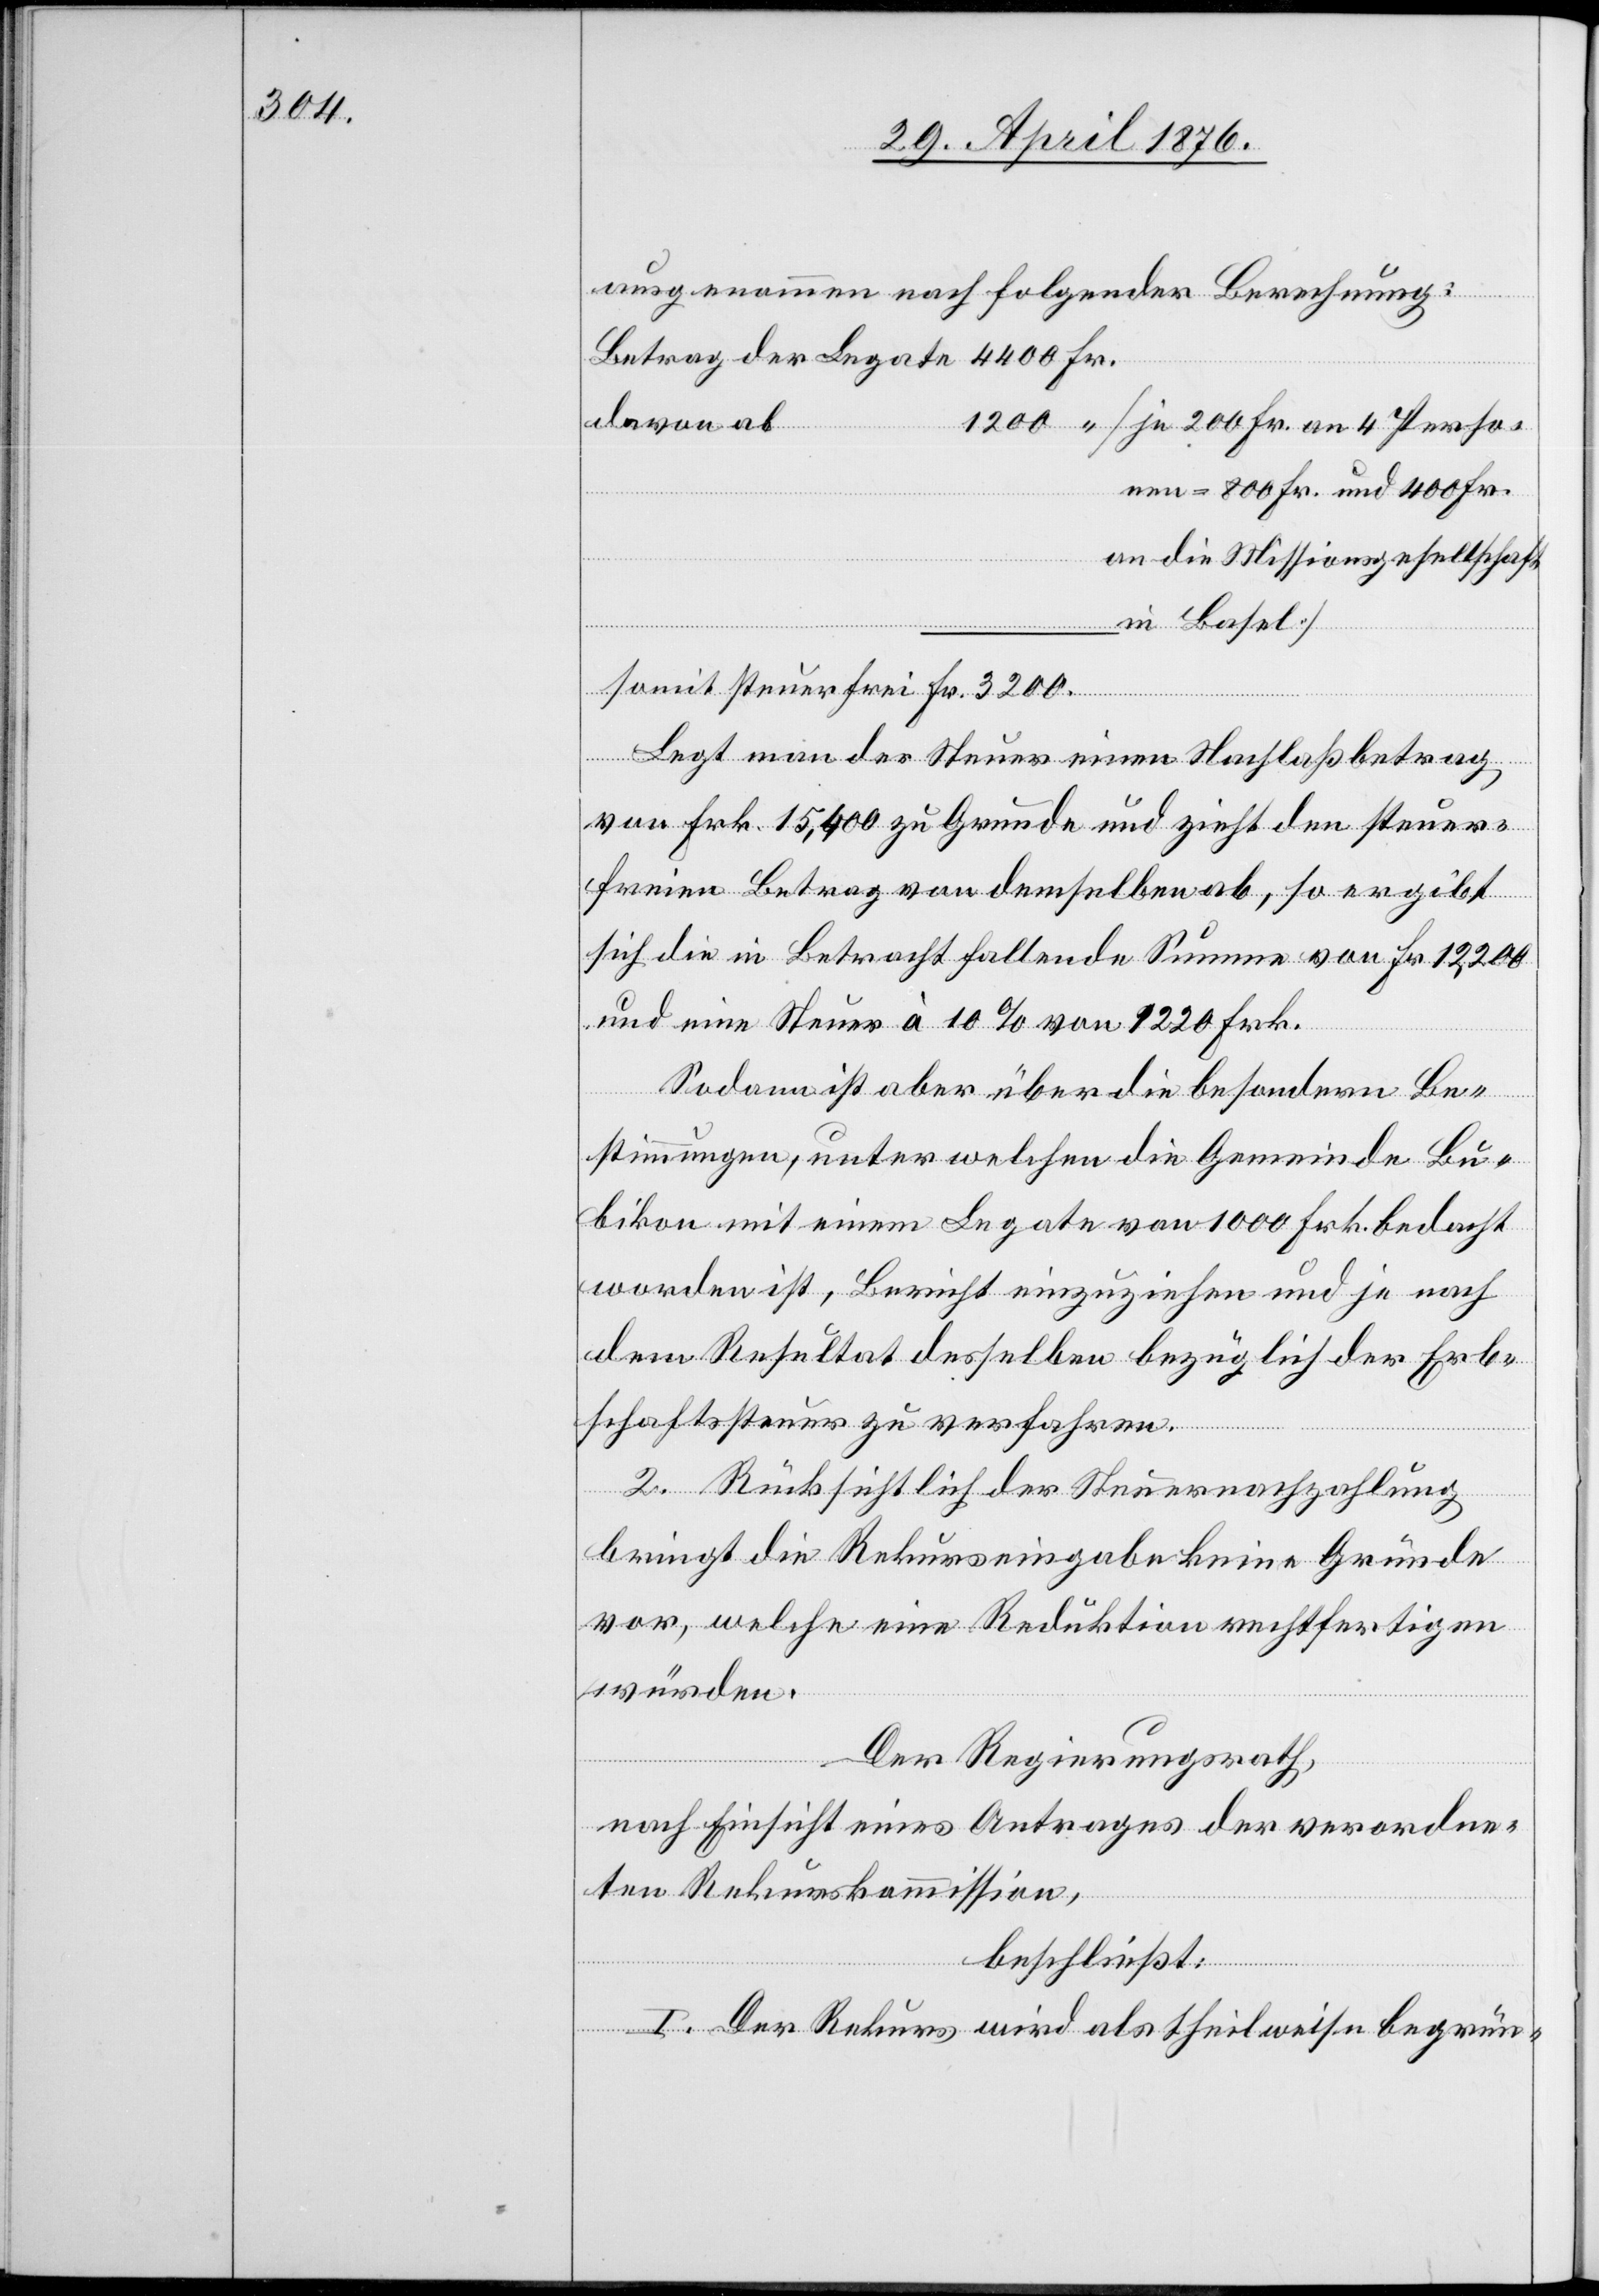
ausgenommen nach folgender Berechnung:
der
Fr.
davon ab
[je 200 Fr. an 4 Perso¬
nen = 800 Fr. und 400 Fr.
an die Missionsgesellschaft
in Basel]
somit steuerfrei Fr.
Legt man der Steuer einen Nachlaßbetrag
von Frk. 15,400 zu Grunde und zieht den steuer¬
freien Betrag von demselben ab, so ergibt
sich die in Betracht fallende Summe von Fr. 12,200
und eine Steuer à 10 % von 1220 Frk.
Sodann ist aber über die besondern Be¬
stimmungen, unter welchen die Gemeinde Bu¬
bikon mit einem Legate von 1000 Frk. bedacht
worden ist, Bericht einzuziehen und je nach
dem Resultat desselben bezüglich der Erb¬
schaftssteuer zu verfahren.
2. Rücksichtlich der Steuernachzahlung
bringt die Rekurseingabe keine Gründe
vor, welche eine Reduktion rechtfertigen
würden.
Der Regierungsrath,
nach Einsicht eines Antrages der verordne¬
ten Rekurskommission,
beschließt:
I. Der Rekurs wird als theilweise begrün-